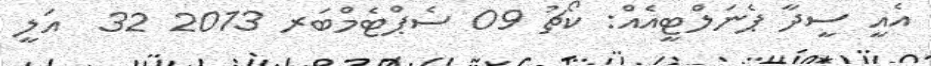
އެއީ ސީދާ ޕެނަލްޓީއެއް: ކޯޗު 09 ސެޕްޓެމްބަރ 2013 32  އަލީ